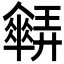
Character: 𠑋